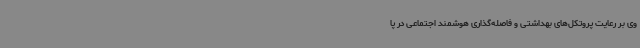
وی بر رعایت پروتکل‌های بهداشتی و فاصله‌گذاری هوشمند اجتماعی در پا